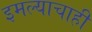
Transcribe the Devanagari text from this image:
इमल्याचाही